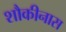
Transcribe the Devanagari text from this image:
शौकीनास